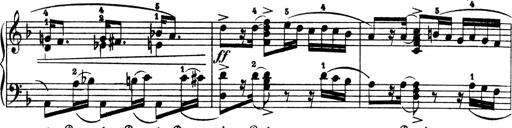
Title: 4 Sonatines
Composer: Max Reger